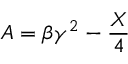
A = \beta \gamma ^ { 2 } - \frac { X } { 4 }